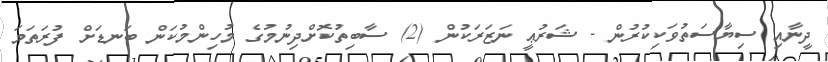
ދީނާއި ސިޔާސަތުވަކިކުރުން - ޝަރުޢީ ނަޒަރަކުން (2) ސާބިތުކޮށްދިނުމުގެ މުހިންމުކަން ބަނޑަށް ފުރަތަމަ